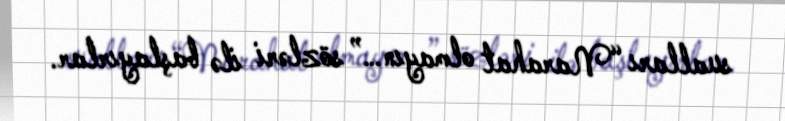
sualları “Narahat olmayın…” sözləri ilə başlayırlar.